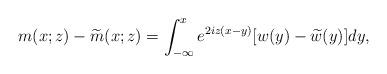
LaTeX: \begin{align*}m(x;z)-\widetilde{m}(x;z)=\int_{-\infty}^x e^{2iz(x-y)}[w(y)-\widetilde{w}(y)]dy,\end{align*}